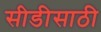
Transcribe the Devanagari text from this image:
सीडीसाठी